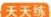
天天练